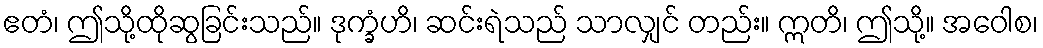
ဧတံ၊ ဤသို့ထိုဆွခြင်းသည်။ ဒုက္ခံဟိ၊ ဆင်းရဲသည် သာလျှင် တည်း။ ဣတိ၊ ဤသို့။ အဝေါစ၊